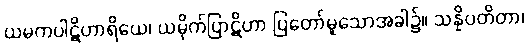
ယမကပါဋိဟာရိယေ၊ ယမိုက်ပြာဋိဟာ ပြတော်မူသောအခါ၌။ သန္နိပတိတာ၊